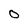
Character: O